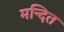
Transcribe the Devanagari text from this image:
मन्दित